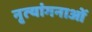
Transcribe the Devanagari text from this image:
नृत्‍यांगनाओं